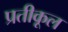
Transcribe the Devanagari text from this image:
प्रतीकूल